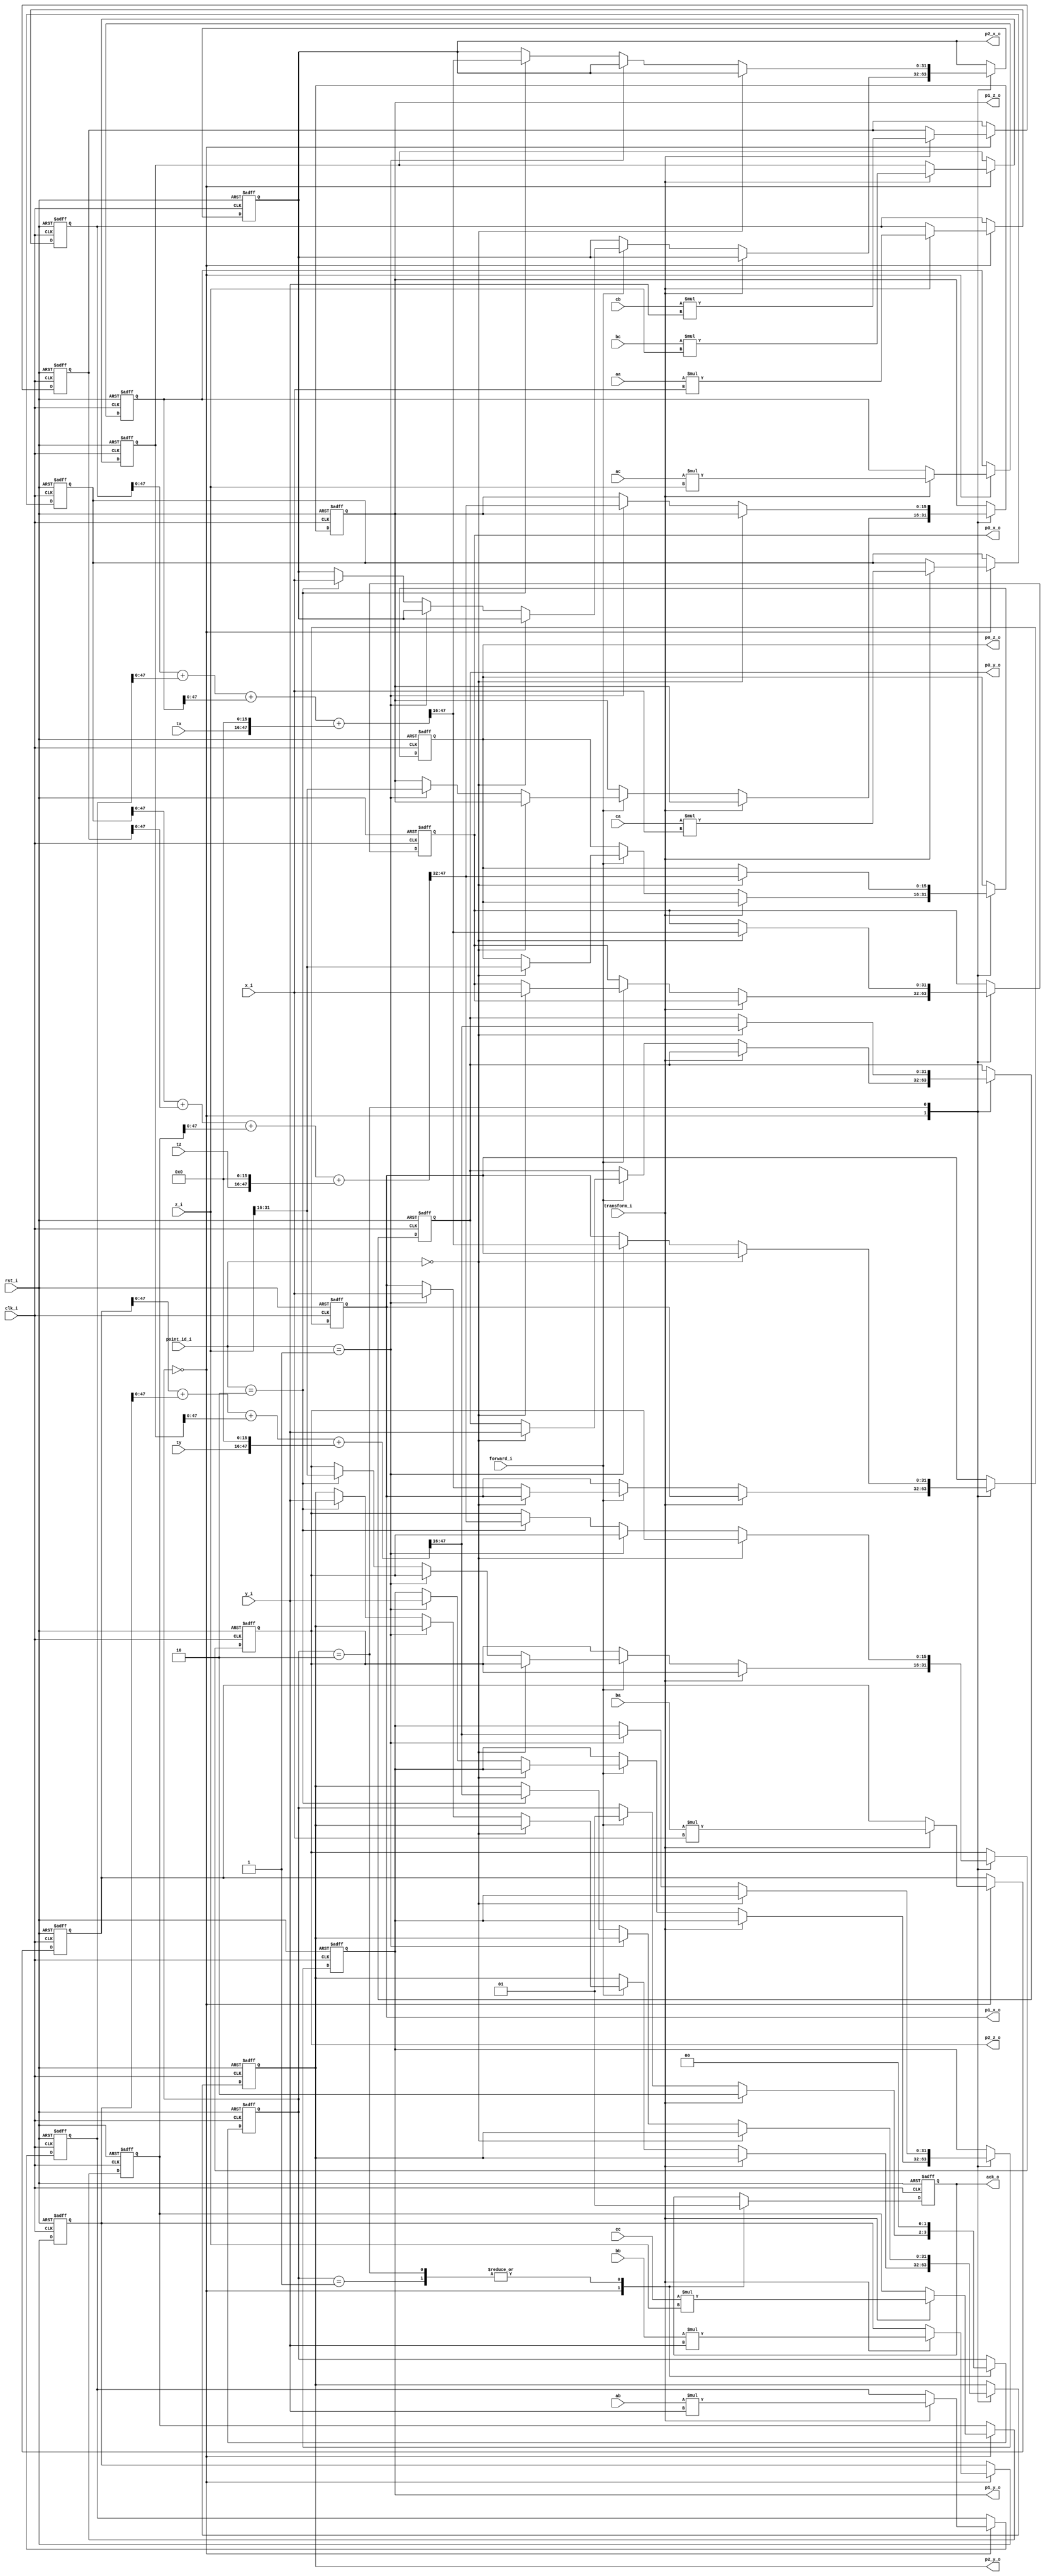
module gfx_transform(clk_i, rst_i,
// Input point
x_i, y_i, z_i, point_id_i,
// Matrix
aa, ab, ac, tx, ba, bb, bc, ty, ca, cb, cc, tz, // TODO: Make signed
// Output points
p0_x_o, p0_y_o, p0_z_o, p1_x_o, p1_y_o, p1_z_o, p2_x_o, p2_y_o, p2_z_o,
transform_i, forward_i,
ack_o
);

input clk_i;
input rst_i;

parameter point_width = 16;
parameter subpixel_width = 16;

input signed [point_width-1:-subpixel_width] x_i;
input signed [point_width-1:-subpixel_width] y_i;
input signed [point_width-1:-subpixel_width] z_i;
input                                  [1:0] point_id_i; // point 0,1,2

input signed [point_width-1:-subpixel_width] aa;
input signed [point_width-1:-subpixel_width] ab;
input signed [point_width-1:-subpixel_width] ac;
input signed [point_width-1:-subpixel_width] tx;
input signed [point_width-1:-subpixel_width] ba;
input signed [point_width-1:-subpixel_width] bb;
input signed [point_width-1:-subpixel_width] bc;
input signed [point_width-1:-subpixel_width] ty;
input signed [point_width-1:-subpixel_width] ca;
input signed [point_width-1:-subpixel_width] cb;
input signed [point_width-1:-subpixel_width] cc;
input signed [point_width-1:-subpixel_width] tz;

output reg signed [point_width-1:-subpixel_width] p0_x_o;
output reg signed [point_width-1:-subpixel_width] p0_y_o;
output reg signed               [point_width-1:0] p0_z_o;
output reg signed [point_width-1:-subpixel_width] p1_x_o;
output reg signed [point_width-1:-subpixel_width] p1_y_o;
output reg signed               [point_width-1:0] p1_z_o;
output reg signed [point_width-1:-subpixel_width] p2_x_o;
output reg signed [point_width-1:-subpixel_width] p2_y_o;
output reg signed               [point_width-1:0] p2_z_o;

input transform_i, forward_i;

output reg ack_o;

reg [1:0] state;
parameter wait_state = 2'b00, forward_state = 2'b01, transform_state = 2'b10;

reg signed [2*point_width-1:-subpixel_width*2] aax;
reg signed [2*point_width-1:-subpixel_width*2] aby;
reg signed [2*point_width-1:-subpixel_width*2] acz;
reg signed [2*point_width-1:-subpixel_width*2] bax;
reg signed [2*point_width-1:-subpixel_width*2] bby;
reg signed [2*point_width-1:-subpixel_width*2] bcz;
reg signed [2*point_width-1:-subpixel_width*2] cax;
reg signed [2*point_width-1:-subpixel_width*2] cby;
reg signed [2*point_width-1:-subpixel_width*2] ccz;

always @(posedge clk_i or posedge rst_i)
if(rst_i)
begin
  ack_o             <= 1'b0;
  p0_x_o            <= 1'b0;
  p0_y_o            <= 1'b0;
  p0_z_o            <= 1'b0;
  p1_x_o            <= 1'b0;
  p1_y_o            <= 1'b0;
  p1_z_o            <= 1'b0;
  p2_x_o            <= 1'b0;
  p2_y_o            <= 1'b0;
  p2_z_o            <= 1'b0;

  aax               <= 1'b0;
  aby               <= 1'b0;
  acz               <= 1'b0;
  bax               <= 1'b0;
  bby               <= 1'b0;
  bcz               <= 1'b0;
  cax               <= 1'b0;
  cby               <= 1'b0;
  ccz               <= 1'b0;
end
else
  case(state)
    wait_state:
    begin
      ack_o <= 1'b0;

      if(transform_i)
      begin
        aax <= aa * x_i;
        aby <= ab * y_i;
        acz <= ac * z_i;
        bax <= ba * x_i;
        bby <= bb * y_i;
        bcz <= bc * z_i;
        cax <= ca * x_i;
        cby <= cb * y_i;
        ccz <= cc * z_i;
      end
      else if(forward_i)
      begin
        if(point_id_i == 2'b00)
        begin
          p0_x_o <= x_i;
          p0_y_o <= y_i;
          p0_z_o <= z_i[point_width-1:0];
        end
        else if(point_id_i == 2'b01)
        begin
          p1_x_o <= x_i;
          p1_y_o <= y_i;
          p1_z_o <= z_i[point_width-1:0];
        end
        else if(point_id_i == 2'b10)
        begin
          p2_x_o <= x_i;
          p2_y_o <= y_i;
          p2_z_o <= z_i[point_width-1:0];
        end
      end
    end

    forward_state:
      ack_o <= 1'b1;

    transform_state:
    begin
      ack_o <= 1'b1;

      if(point_id_i == 2'b00)
        begin
          p0_x_o <= x_prime_trunc;
          p0_y_o <= y_prime_trunc;
          p0_z_o <= z_prime_trunc[point_width-1:0];
        end
        else if(point_id_i == 2'b01)
        begin
          p1_x_o <= x_prime_trunc;
          p1_y_o <= y_prime_trunc;
          p1_z_o <= z_prime_trunc[point_width-1:0];
        end
        else if(point_id_i == 2'b10)
        begin
          p2_x_o <= x_prime_trunc;
          p2_y_o <= y_prime_trunc;
          p2_z_o <= z_prime_trunc[point_width-1:0];
        end
    end
  endcase

wire [subpixel_width-1:0] zeroes = 1'b0;

wire signed [2*point_width-1:-subpixel_width*2] x_prime = aax + aby + acz + {tx,zeroes};
wire signed [2*point_width-1:-subpixel_width*2] y_prime = bax + bby + bcz + {ty,zeroes};
wire signed [2*point_width-1:-subpixel_width*2] z_prime = cax + cby + ccz + {tz,zeroes};

wire signed [point_width-1:-subpixel_width] x_prime_trunc = x_prime[point_width-1:-subpixel_width];
wire signed [point_width-1:-subpixel_width] y_prime_trunc = y_prime[point_width-1:-subpixel_width];
wire signed [point_width-1:-subpixel_width] z_prime_trunc = z_prime[point_width-1:-subpixel_width];

// State machine
always @(posedge clk_i or posedge rst_i)
if(rst_i)
  state <= wait_state;
else
  case(state)
    wait_state:
      if(transform_i)
        state <= transform_state;
      else if(forward_i)
        state <= forward_state;

    forward_state:
      state <= wait_state;
    
    transform_state:
      state <= wait_state;
  endcase

endmodule